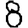
Digit: 8